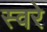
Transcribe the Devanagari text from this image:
स्वरे